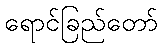
ရောင်ခြည်တော်